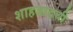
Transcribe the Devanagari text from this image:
शाहजादची